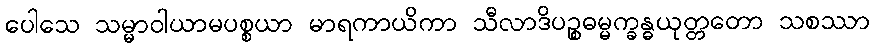
ပေါသေ သမ္မာဝါယာမပစ္စယာ မာရကာယိကာ သီလာဒိပဉ္စဓမ္မက္ခန္ဓယုတ္တတော သစဿာ